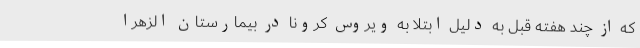
که از چند هفته قبل به دلیل ابتلا به ویروس کرونا در بیمارستان الزهرا